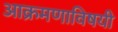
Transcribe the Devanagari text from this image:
आक्रमणाविषयी